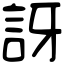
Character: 訝